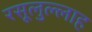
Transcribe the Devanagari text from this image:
रसूलुल्‍लाह